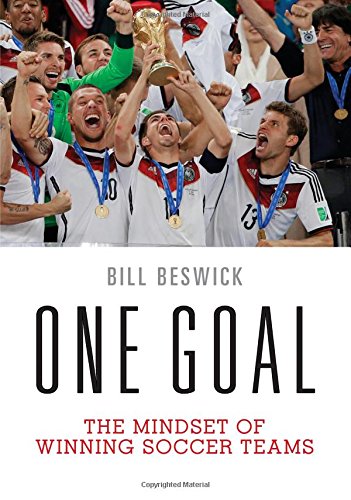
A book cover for One Goal: The Mindset of Winning Soccer Teams; Bill Beswick; Sports & Outdoors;